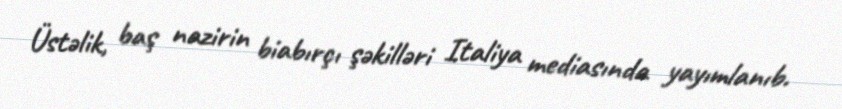
Üstəlik, baş nazirin biabırçı şəkilləri Italiya mediasında yayımlanıb.